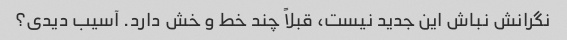
نگرانش نباش این جدید نیست، قبلاً چند خط و خش دارد. آسیب دیدی؟